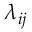
\lambda _ { i j }